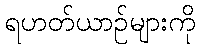
ရဟတ်ယာဉ်များကို